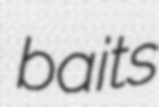
baits